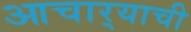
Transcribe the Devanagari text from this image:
आचार्‍याची